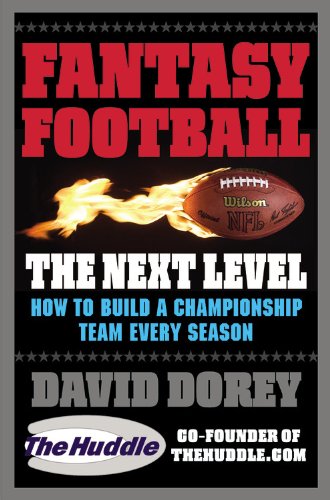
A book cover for Fantasy Football The Next Level: How to Build a Championship Team Every Season; David Dorey; Humor & Entertainment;